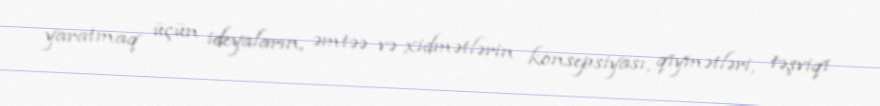
yaratmaq üçün ideyaların, əmtəə və xidmətlərin konsepsiyası, qiymətləri, təşviqi